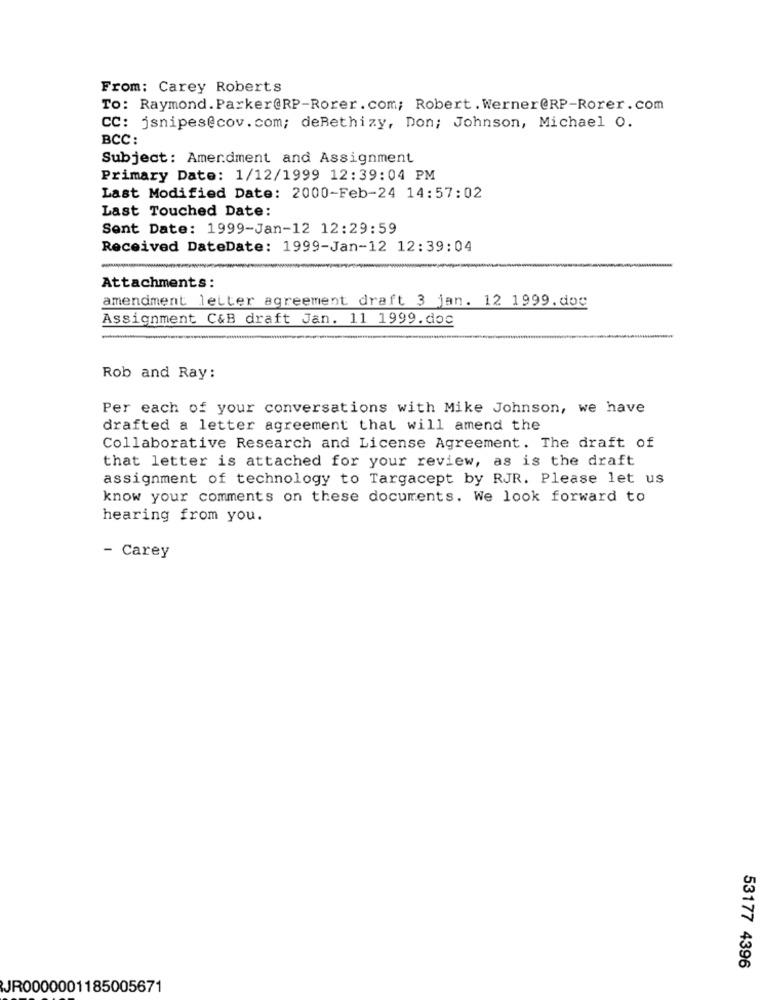
From: Carey Roberts
To: Raymond. Parker@RP-Rorer.com; Robert . Werner@RP-Rorer.com
CC: jsnipes@cov.com; deRethizy, Don; Johnson, Michael O.
BCC :
Subject: Amendment and Assignment
Primary Date: 1/12/1999 12:39:04 PM
Last Modified Date: 2000-Feb-24 14:57:02
Last Touched Date:
Sent Date: 1999-Jan-12 12:29:59
Received DateDate: 1999-Jan-12 12:39:04
Attachments:
amendment letter agreement draft 3 jan. 12 1999.dog
Assignment C&B draft Jan. 11 1999.doc
Rob and Ray:
Per each of your conversations with Mike Johnson, we have
drafted a letter agreement that will amend the
Collaborative Research and License Agreement. The draft of
that letter is attached for your review, as is the draft
assignment of technology to Targacept by RJR. Please let us
know your comments on these documents. We look forward to
hearing from you.
- Carey
53177 4396
JR0000001185005671